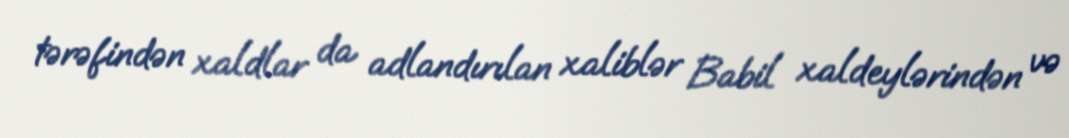
tərəfindən xaldlar da adlandırılan xaliblər Babil xaldeylərindən və